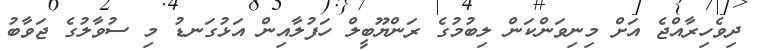
ދިވެހިރާއްޖެ އަށް މިނިވަންކަން ލިބުމުގެ ރަންޔޫބީލް ހަފުލާއިން އަޅުގަނޑު މި ސުވާލުގެ ޖަވާބު